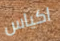
اكياس